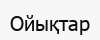
Ойықтар